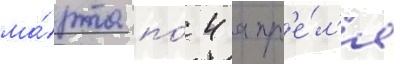
ма́рта по́ 4 апр'е́л'я